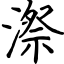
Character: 漈